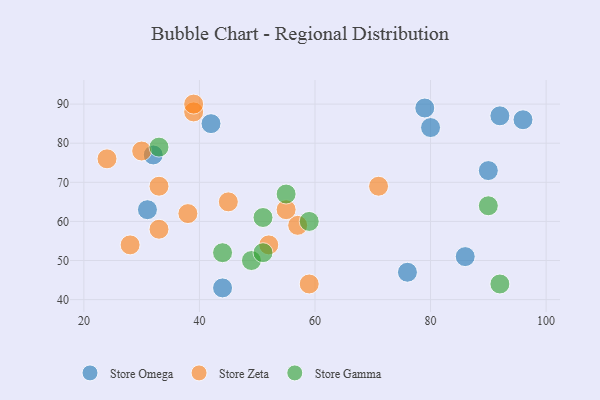
{"axis": {"x": "GDP", "y": "Life Expectancy"}, "legend": ["Store Gamma", "Store Omega", "Store Zeta"], "data": [{"x": "42", "y": 85, "type": "Store Omega"}, {"x": "31", "y": 63, "type": "Store Omega"}, {"x": "96", "y": 86, "type": "Store Omega"}, {"x": "79", "y": 89, "type": "Store Omega"}, {"x": "92", "y": 87, "type": "Store Omega"}, {"x": "86", "y": 51, "type": "Store Omega"}, {"x": "32", "y": 77, "type": "Store Omega"}, {"x": "76", "y": 47, "type": "Store Omega"}, {"x": "80", "y": 84, "type": "Store Omega"}, {"x": "44", "y": 43, "type": "Store Omega"}, {"x": "90", "y": 73, "type": "Store Omega"}, {"x": "38", "y": 62, "type": "Store Zeta"}, {"x": "45", "y": 65, "type": "Store Zeta"}, {"x": "33", "y": 58, "type": "Store Zeta"}, {"x": "71", "y": 69, "type": "Store Zeta"}, {"x": "59", "y": 44, "type": "Store Zeta"}, {"x": "57", "y": 59, "type": "Store Zeta"}, {"x": "39", "y": 88, "type": "Store Zeta"}, {"x": "30", "y": 78, "type": "Store Zeta"}, {"x": "39", "y": 90, "type": "Store Zeta"}, {"x": "33", "y": 69, "type": "Store Zeta"}, {"x": "55", "y": 63, "type": "Store Zeta"}, {"x": "52", "y": 54, "type": "Store Zeta"}, {"x": "24", "y": 76, "type": "Store Zeta"}, {"x": "28", "y": 54, "type": "Store Zeta"}, {"x": "92", "y": 44, "type": "Store Gamma"}, {"x": "49", "y": 50, "type": "Store Gamma"}, {"x": "59", "y": 60, "type": "Store Gamma"}, {"x": "51", "y": 52, "type": "Store Gamma"}, {"x": "90", "y": 64, "type": "Store Gamma"}, {"x": "44", "y": 52, "type": "Store Gamma"}, {"x": "33", "y": 79, "type": "Store Gamma"}, {"x": "55", "y": 67, "type": "Store Gamma"}, {"x": "51", "y": 61, "type": "Store Gamma"}]}